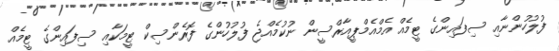
ފުލުުހުންނާއި ސިފައިންގެ ޓީމެއް އެމްއެމްޕީއާރްސީން ނުކުމެއްޖެ ފުލުހުންގެ ފޮރެންސިކް ޓީމަކާއި ސިފައިންގެ ޓީމެއް